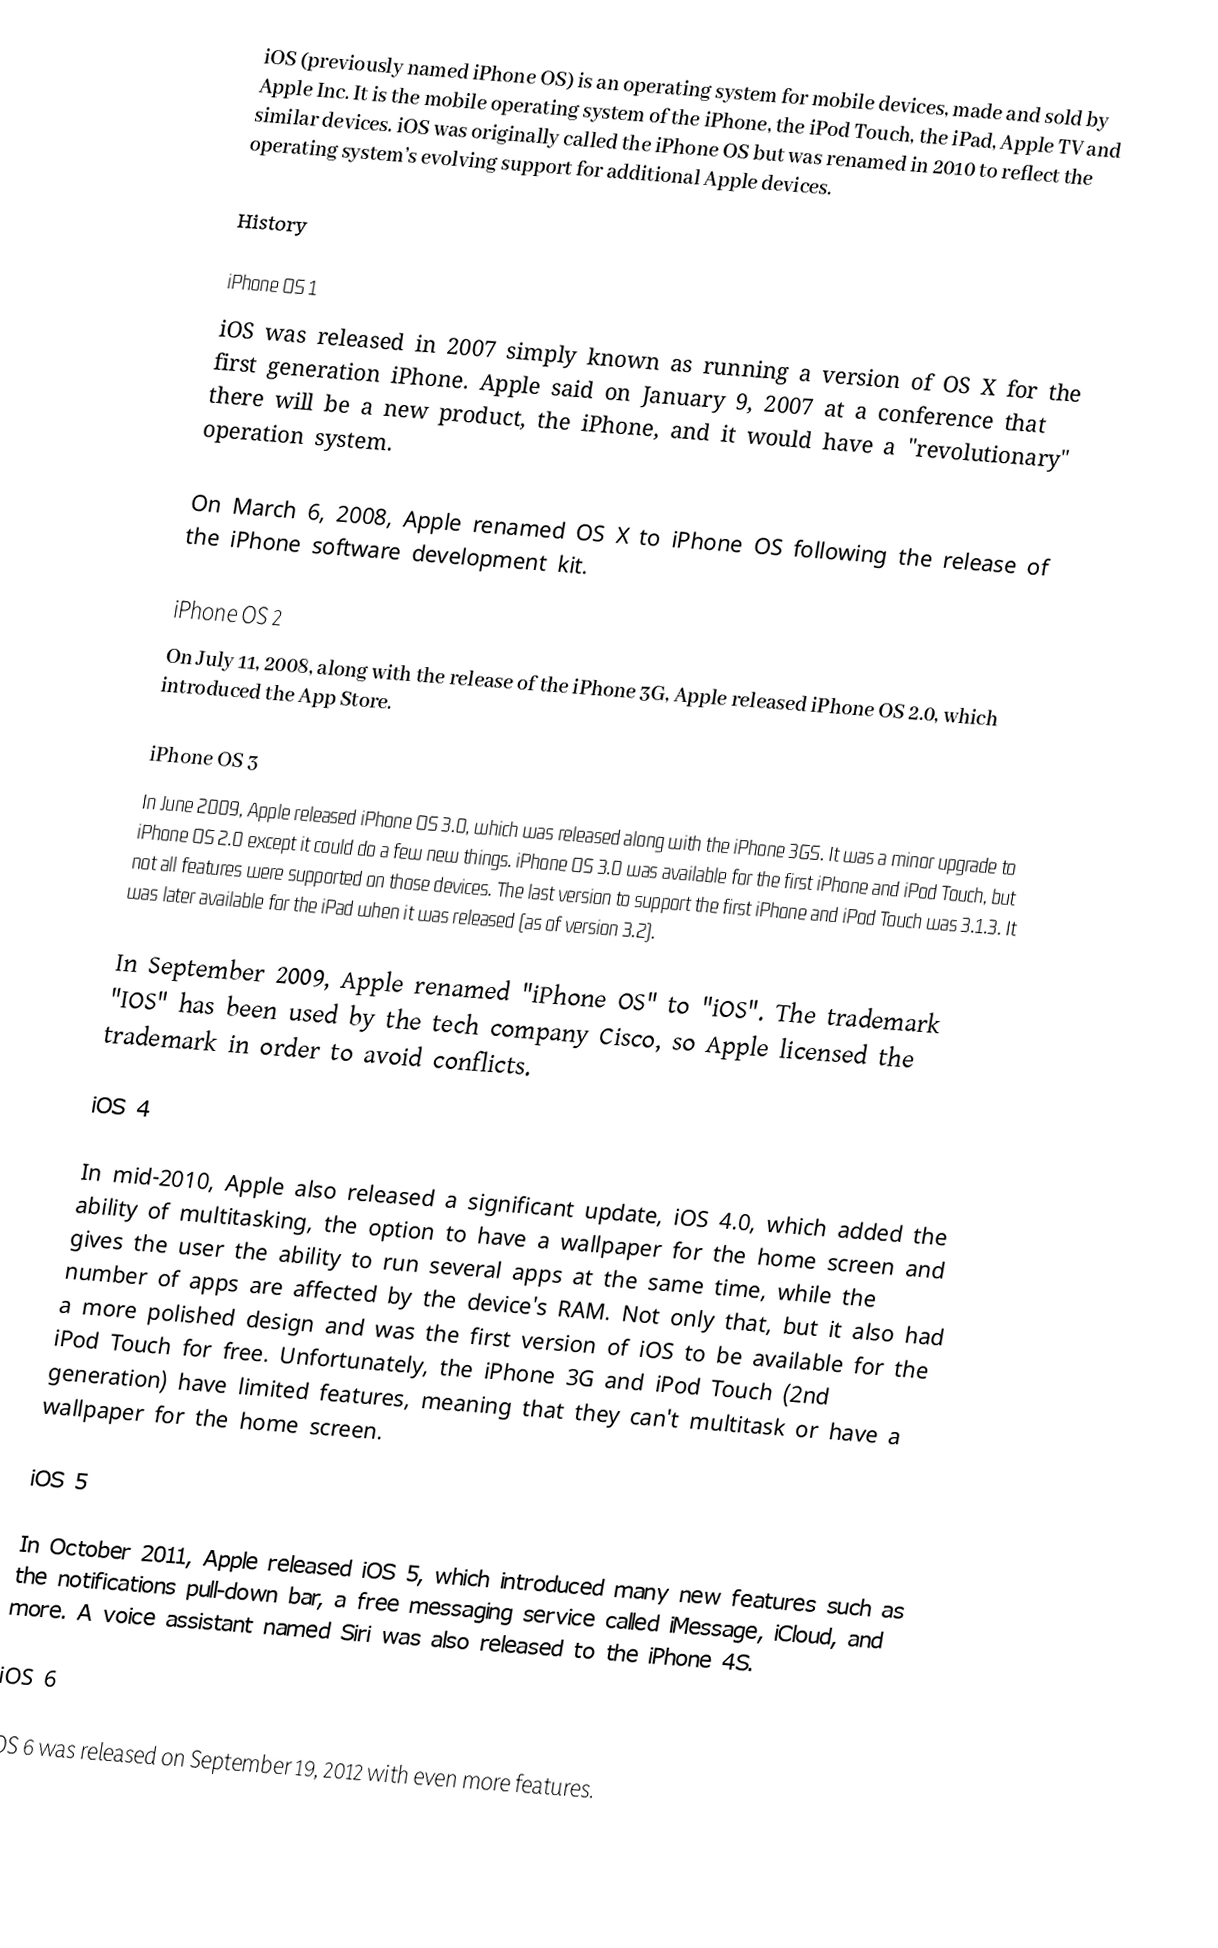
iOS (previously named iPhone OS) is an operating system for mobile devices, made and sold by Apple Inc. It is the mobile operating system of the iPhone, the iPod Touch, the iPad, Apple TV and similar devices. iOS was originally called the iPhone OS but was renamed in 2010 to reflect the operating system’s evolving support for additional Apple devices.

History

iPhone OS 1
iOS was released in 2007 simply known as running a version of OS X for the first generation iPhone. Apple said on January 9, 2007 at a conference that there will be a new product, the iPhone, and it would have a "revolutionary" operation system.

On March 6, 2008, Apple renamed OS X to iPhone OS following the release of the iPhone software development kit.

iPhone OS 2
On July 11, 2008, along with the release of the iPhone 3G, Apple released iPhone OS 2.0, which introduced the App Store.

iPhone OS 3
In June 2009, Apple released iPhone OS 3.0, which was released along with the iPhone 3GS. It was a minor upgrade to iPhone OS 2.0 except it could do a few new things. iPhone OS 3.0 was available for the first iPhone and iPod Touch, but not all features were supported on those devices. The last version to support the first iPhone and iPod Touch was 3.1.3. It was later available for the iPad when it was released (as of version 3.2).

In September 2009, Apple renamed "iPhone OS" to "iOS". The trademark "IOS" has been used by the tech company Cisco, so Apple licensed the trademark in order to avoid conflicts.

iOS 4

In mid-2010, Apple also released a significant update, iOS 4.0, which added the ability of multitasking, the option to have a wallpaper for the home screen and gives the user the ability to run several apps at the same time, while the number of apps are affected by the device's RAM. Not only that, but it also had a more polished design and was the first version of iOS to be available for the iPod Touch for free. Unfortunately, the iPhone 3G and iPod Touch (2nd generation) have limited features, meaning that they can't multitask or have a wallpaper for the home screen.

iOS 5

In October 2011, Apple released iOS 5, which introduced many new features such as the notifications pull-down bar, a free messaging service called iMessage, iCloud, and more. A voice assistant named Siri was also released to the iPhone 4S.

iOS 6

iOS 6 was released on September 19, 2012 with even more features.